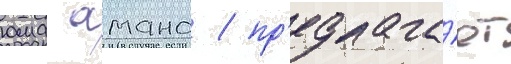
юма амано / пр'едлага́ет